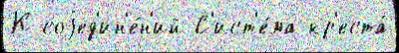
К соjед'ин'е́н'ий С'ист'е́ма кр'еста́